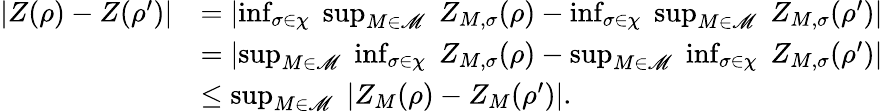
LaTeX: \begin{array}{rl}{|Z(\rho)-Z(\rho^{\prime})|}&{=\left|\operatorname*{inf}_{\sigma\in\chi}\; \operatorname*{sup}_{M\in\mathscr{M}}\; Z_{M,\sigma}(\rho)-\operatorname*{inf}_{\sigma\in\chi}\; \operatorname*{sup}_{M\in\mathscr{M}}\; Z_{M,\sigma}(\rho^{\prime})\right|}\\ &{=\left|\operatorname*{sup}_{M\in\mathscr{M}}\; \operatorname*{inf}_{\sigma\in\chi}\; Z_{M,\sigma}(\rho)-\operatorname*{sup}_{M\in\mathscr{M}}\; \operatorname*{inf}_{\sigma\in\chi}\; Z_{M,\sigma}(\rho^{\prime})\right|}\\ &{\leq\operatorname*{sup}_{M\in\mathscr{M}}\; \left|Z_{M}(\rho)-Z_{M}(\rho^{\prime})\right|.}\end{array}